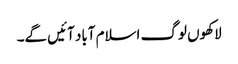
لاکھوں لوگ اسلام آباد آئیں گے۔